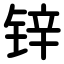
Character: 锌